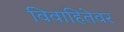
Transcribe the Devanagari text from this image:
विवाहितेवर